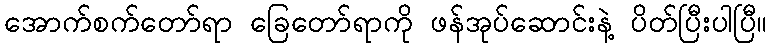
အောက်စက်တော်ရာ ခြေတော်ရာကို ဖန်အုပ်ဆောင်းနဲ့ ပိတ်ပြီးပါပြီ။